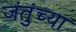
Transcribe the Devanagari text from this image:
जंतुंच्या